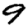
Digit: 9